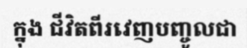
ក្នុង ជីវិតពីរវេញបញ្ចូលជា